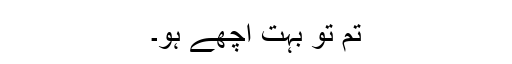
تم تو بہت اچھے ہو۔